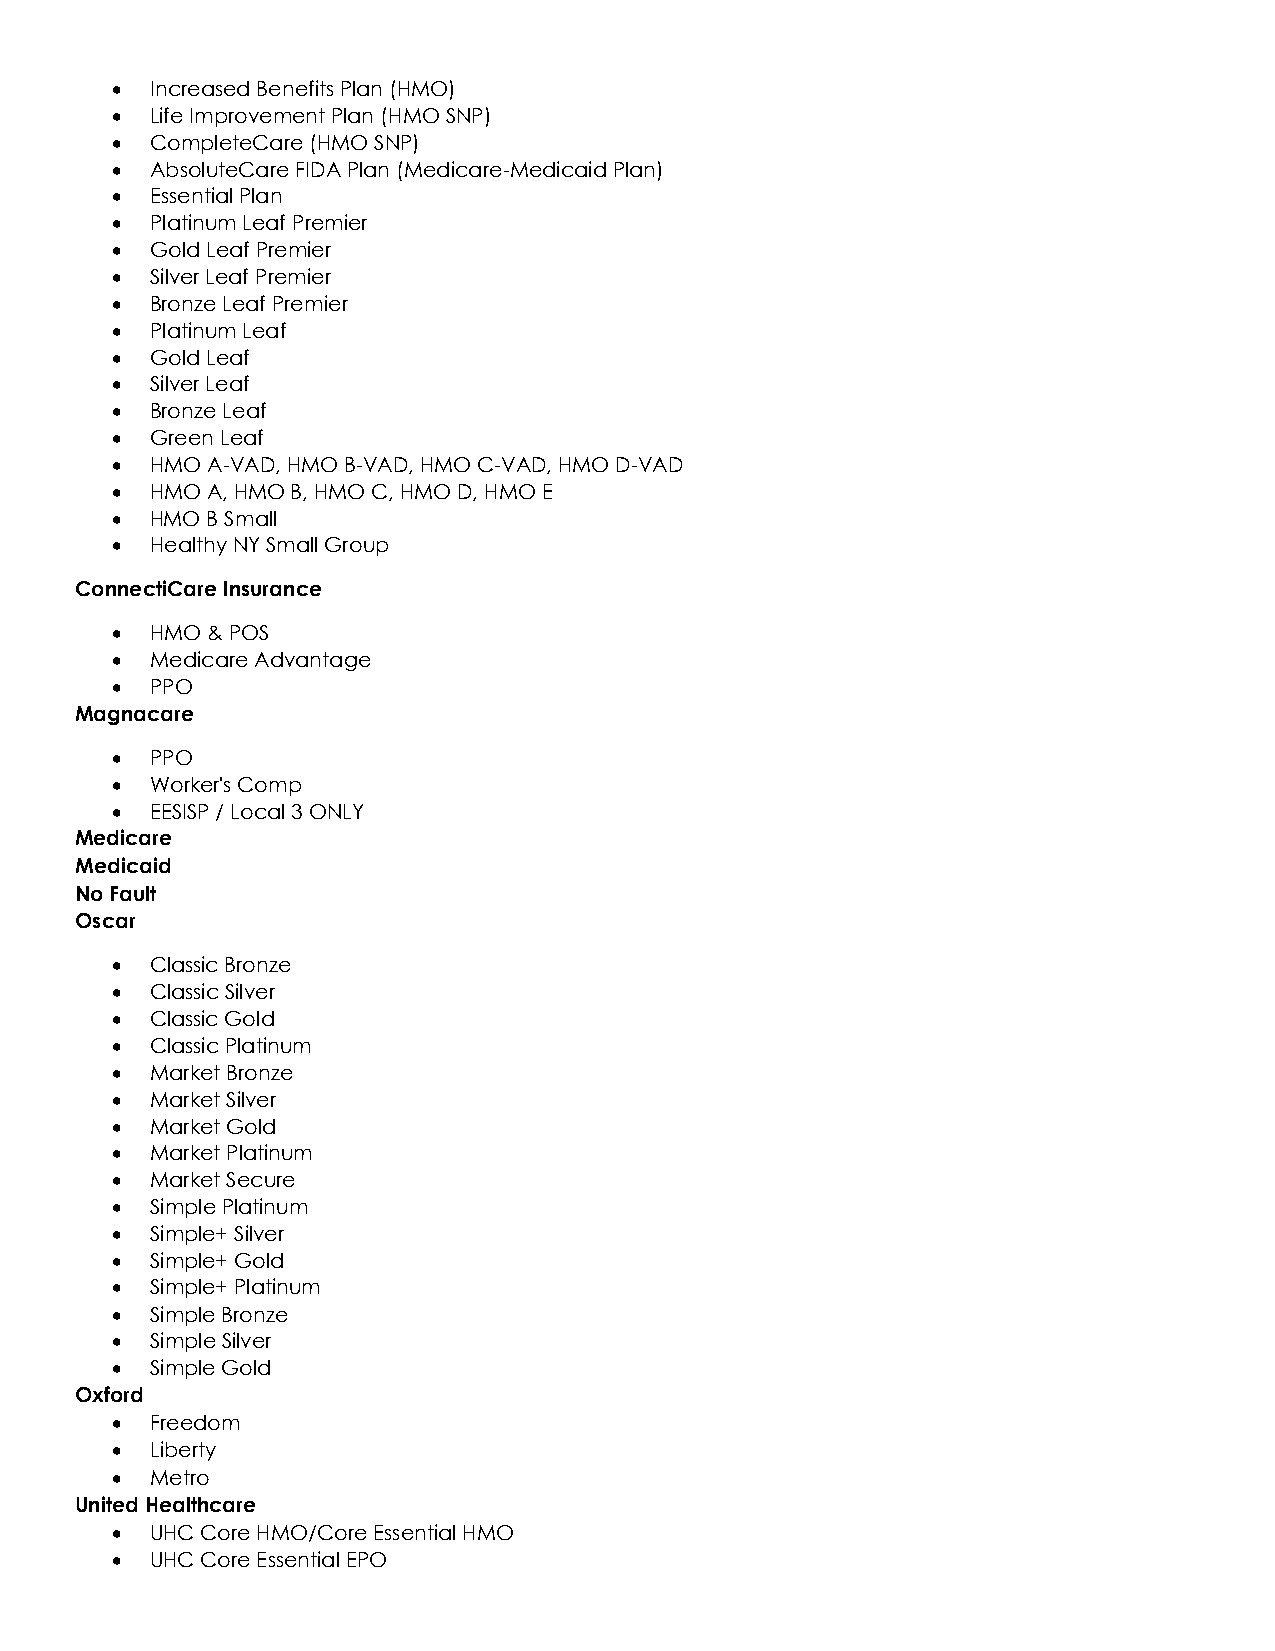
•  Increased Benefits Plan (HMO)
 •  Life Improvement Plan (HMO SNP)
 •  CompleteCare (HMO SNP)
 •  AbsoluteCare FIDA Plan (Medicare-Medicaid Plan)
 •  Essential Plan
 •  Platinum Leaf Premier
 •  Gold Leaf Premier
 •  Silver Leaf Premier
 •  Bronze Leaf Premier
 •  Platinum Leaf
 •  Gold Leaf
 •  Silver Leaf
 •  Bronze Leaf
 •  Green Leaf
 •  HMO A-VAD, HMO B-VAD, HMO C-VAD, HMO D-VAD
 •  HMO A, HMO B, HMO C, HMO D, HMO E
 •  HMO B Small
 •  Healthy NY Small Group
 ConnectiCare Insurance
 •  HMO & POS
 •  Medicare Advantage
 •  PPO
 Magnacare
 •  PPO
 •  Worker's Comp
 •  EESISP / Local 3 ONLY
 Medicare
 Medicaid
 No Fault
 Oscar
 •  Classic Bronze
 •  Classic Silver
 •  Classic Gold
 •  Classic Platinum
 •  Market Bronze
 •  Market Silver
 •  Market Gold
 •  Market Platinum
 •  Market Secure
 •  Simple Platinum
 •  Simple+ Silver
 •  Simple+ Gold
 •  Simple+ Platinum
 •  Simple Bronze
 •  Simple Silver
 •  Simple Gold
 Oxford
 •  Freedom
 •  Liberty
 •  Metro
 United Healthcare
 •  UHC Core HMO/Core Essential HMO
 •  UHC Core Essential EPO